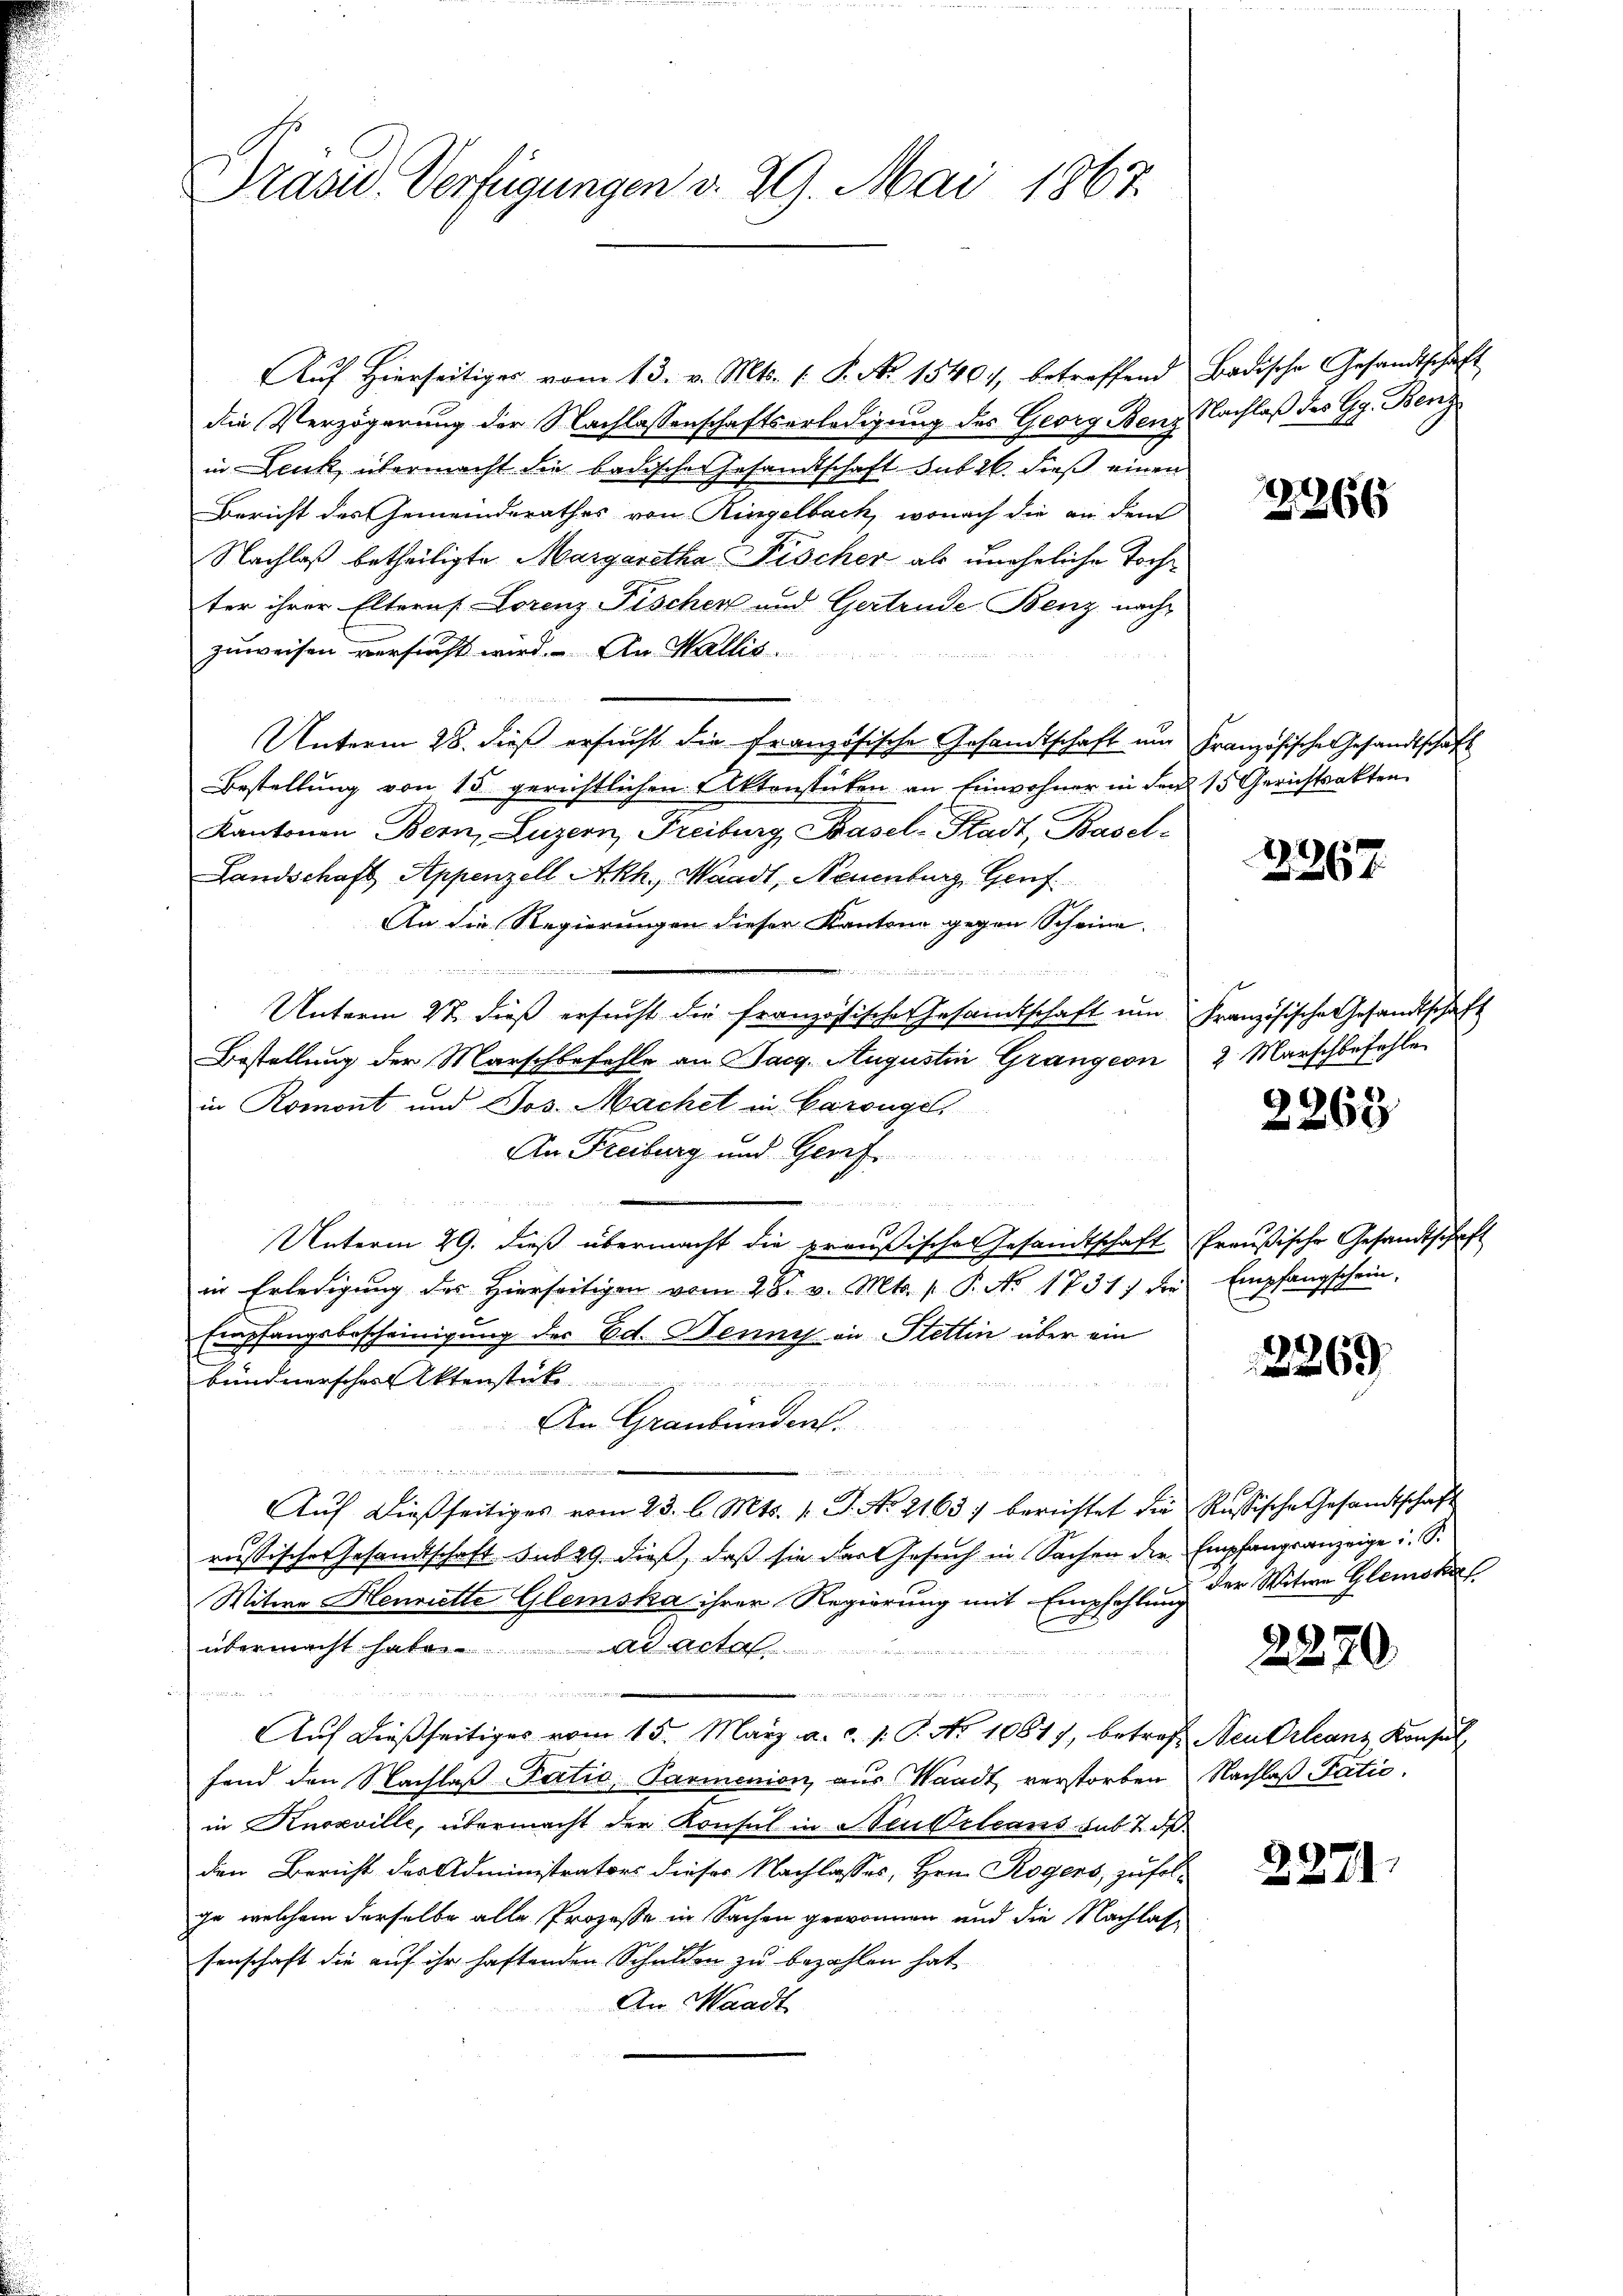
Präsid.. Verfügungen v. 29. Mai 1867

Aŭf Hierseitiger vom 13. v. Mts. 1. P. No 15401, betreffend Badische Gesandtschaft
die Verzögerung der Nachlassenschaftserledigung des Georg Benz Nachlaß des Gg. Benz
in Lenk, übermacht die badischer Gesandtschaft sub 26. dieß einen
Bericht des Gemeinderathes von Ringelbach, wonach die an dem
Nachlaß betheiligte Margaretha Fischer als uneheliche Tochter ihrer Elterns Lorenz Fischer und Gertrude Benz nach
zuweisen versucht wird. An Wallis.
Unterm 28. dieß ersucht die französische Gesandtschaft um Französische Gesandtschaft
Bestellung von 15 gerichtlichen Aktenstücken an Einwohner in den 15 Gerichtsakten
Kantonen Bern, Luzern, Freiburg, Basel-Stadt, Basel-
Landschaft Appenzell Akh., Waadt, Neuenburg, Genf
An die Regierungen dieser Kantone gegen Scheine
2

u
Unterm 27. dieß ersucht die französische Gesamtschaft um Französische Gesandtschaft
Bestellung der Marschbefehle an Sarg. Augustin Grangeon 2 Marschbefehle
in Romont und Jos. Machet in Carouge
An Freiburg und Geref.
 K      12 und 2 Ritt
Unterm 29. dieß übermacht die preußische Gesandtschaft Preußische Gesandtschaft
in Erledigung des hierseitigen vom 28. v. Mts. v. P. No 1731) die Empfangschein,
Empfangsbescheinigung der Ed. Benni in Stettin über ein
bündnerschen Aktenstücke
An Graubünden.
an

Aŭf dießseitiges vom 23. l. Mts. v. J. No 21637 bereichtet die Russische Gesandtschaft
10.
russische Gesandtschaft sub 29. dieß, daß sie des Gesuch in Sachen die Empfangsanzeige i. S.
Witwe Henriette Gleiska ihrer Regierung mit Empfehlung der Witwe Glemiker f
übermacht habe. ad acta
n

u
Auf dießseitiges vom 15. März a.c. s. S. No 10877, betref Neu Orleans Konsul
fend den Nachlaß Partio, Parmenion aus Waadt verstorben Nachlaß Patie.
in Knoxville, übermacht der Konsul in Neubeleans sub. 2. d.
den Bericht des Administrators dieses Nachlasses, Hrn. Rogers, zufolje welchem derselbe alle Prozesse in Sachen gewonnen und die Nachlassenschaft die auf ihr haftenden Schulden zu bezahlen hat
An Waadt

2366

2367.

2263

2269

2270.

2271.